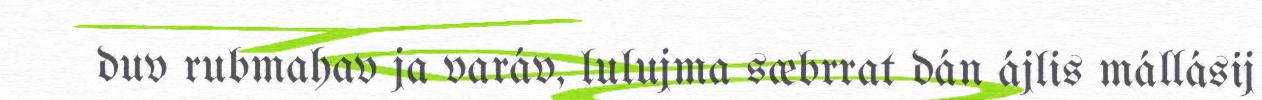
duv rubmahav ja varáv, lulujma sæbrrat dán ájlis mállásij